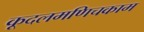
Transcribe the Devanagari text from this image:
कूदलमणिचकाम